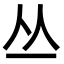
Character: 丛